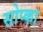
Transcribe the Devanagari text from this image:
सोप्का